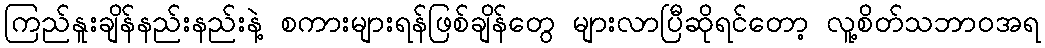
ကြည်နူးချိန်နည်းနည်းနဲ့ စကားများရန်ဖြစ်ချိန်တွေ များလာပြီဆိုရင်တော့ လူ့စိတ်သဘာဝအရ